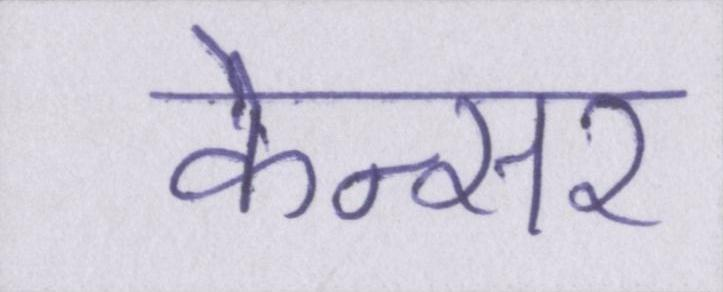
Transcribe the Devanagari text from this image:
केन्सर